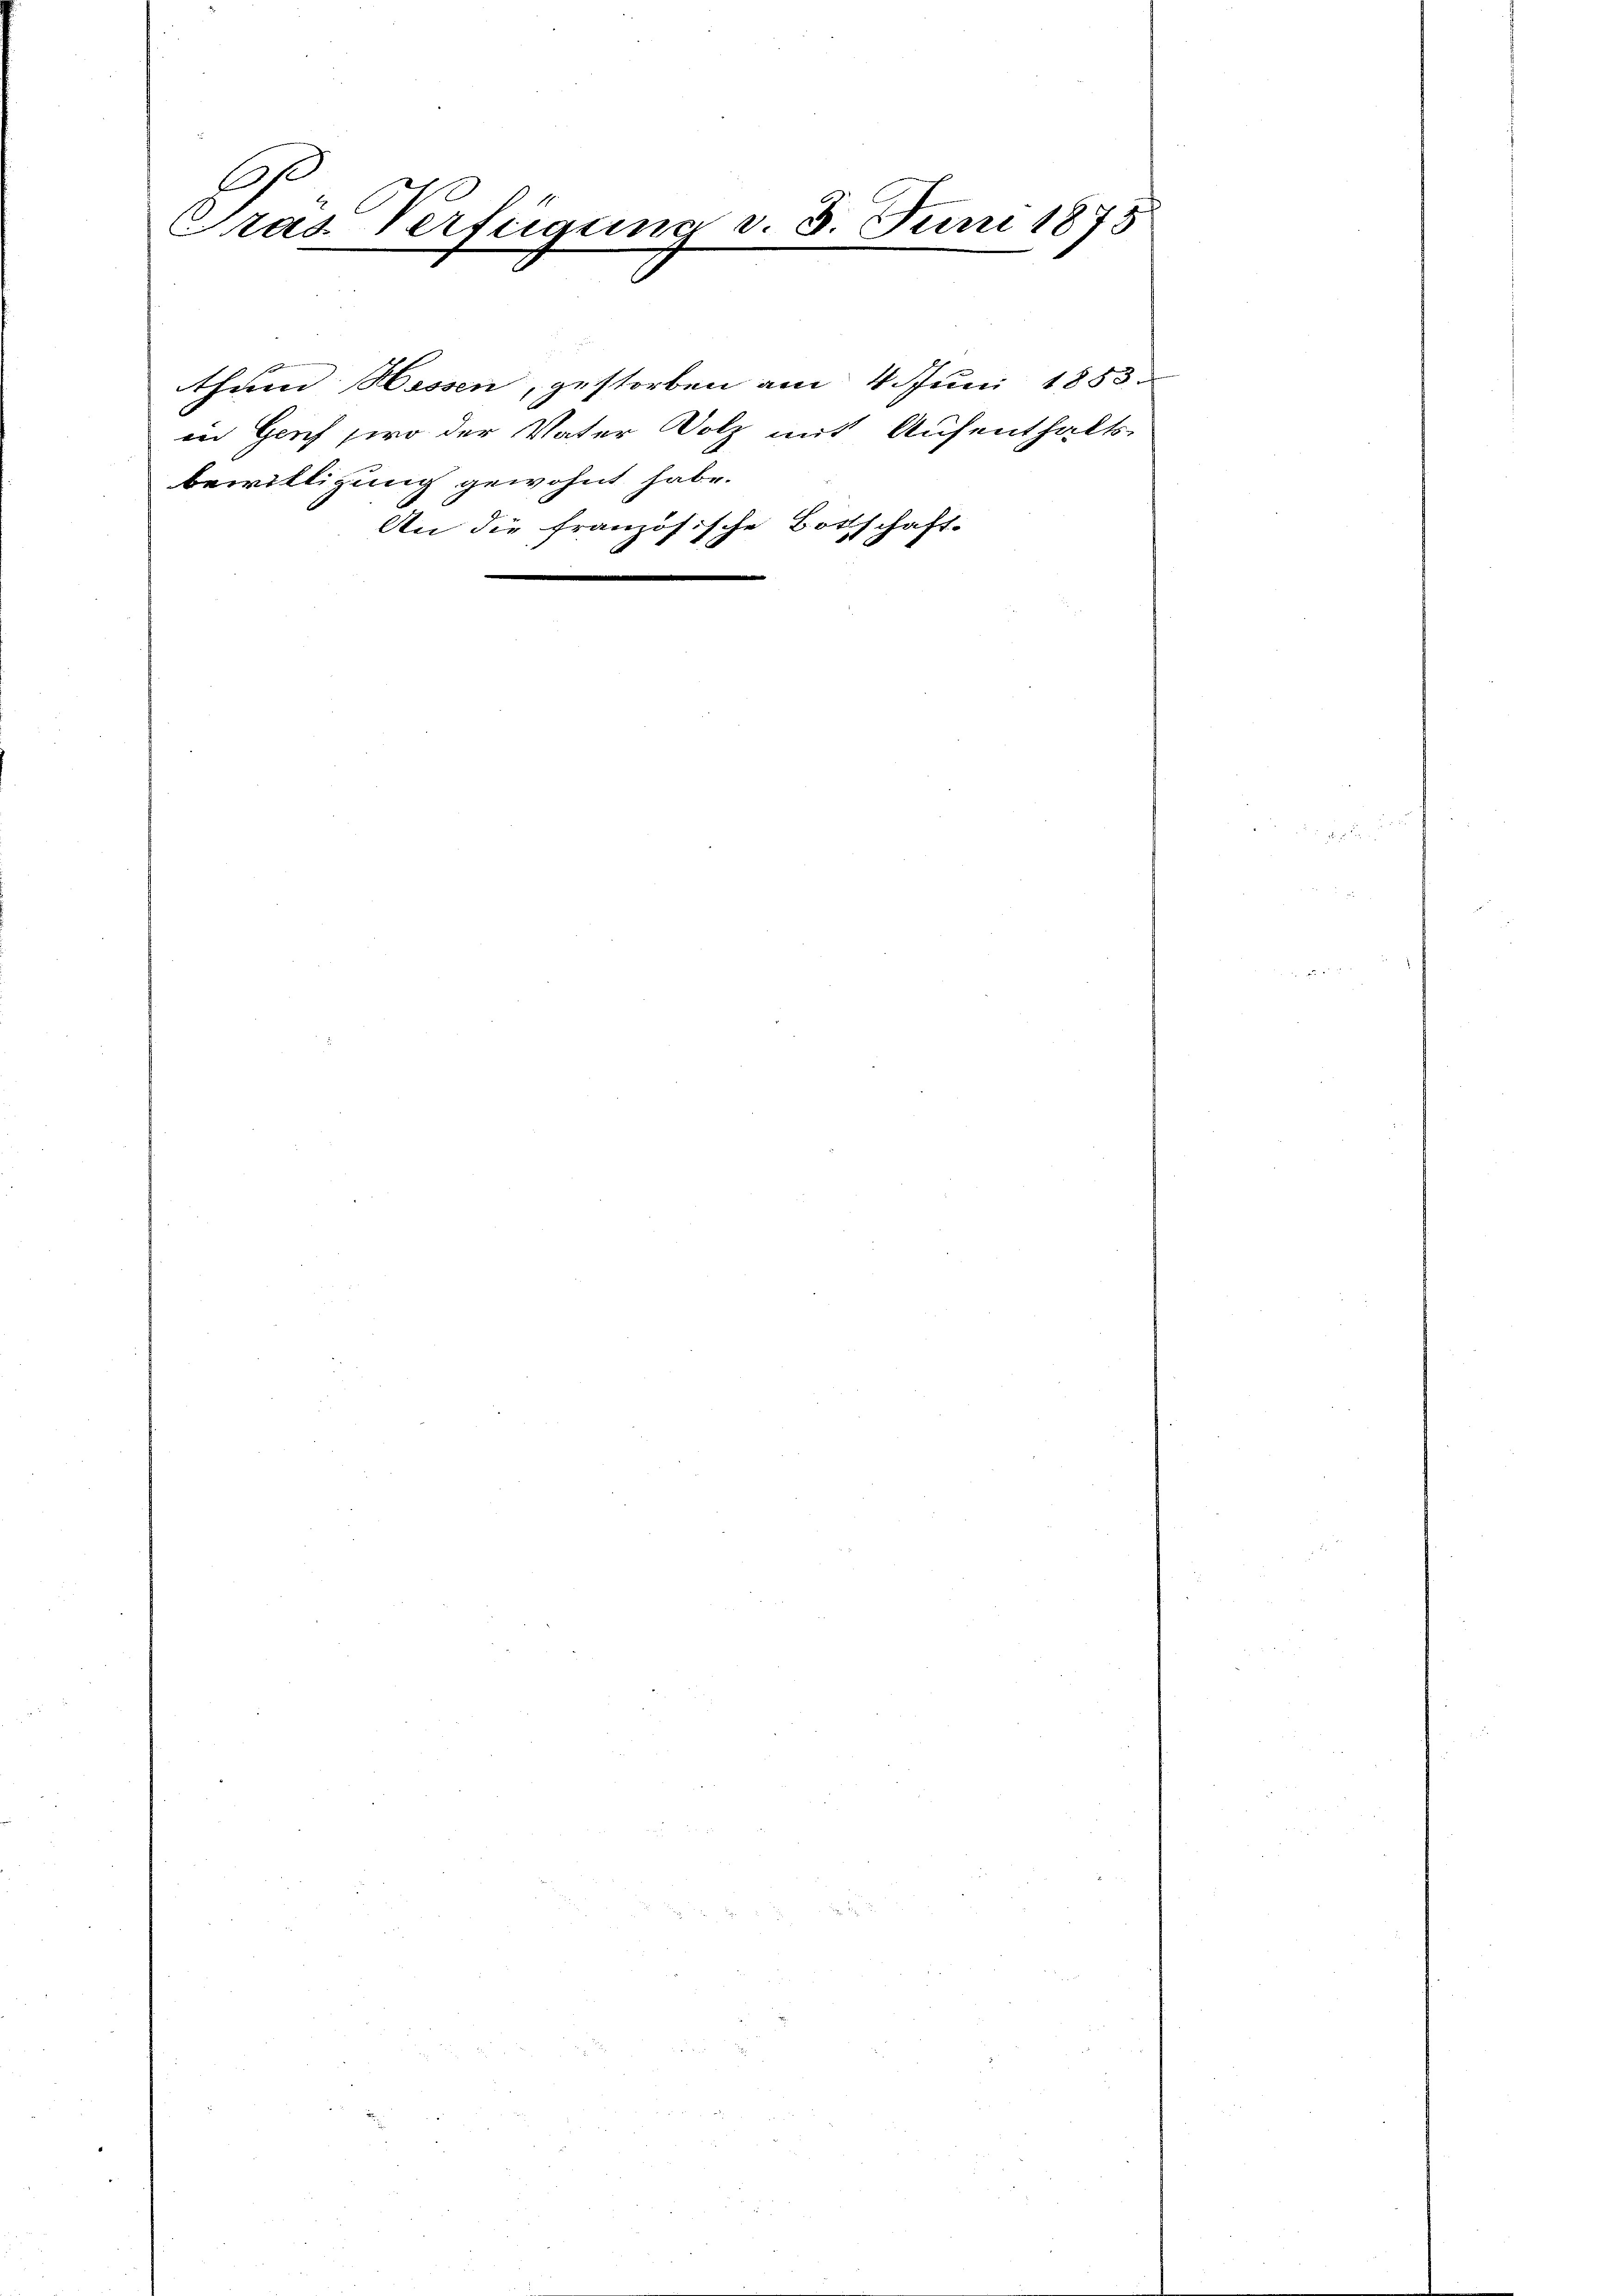
E
ras Verfügung v. 3. Juni 1875

bewilligung gewohnt habe.

thum Hassen, gestorben am 4. Juni 1853
in Gesch wo der Vater Dolz mit Aufenthalts-
schaft.
An die französische Bor
.